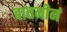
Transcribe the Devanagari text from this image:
बातमीनं